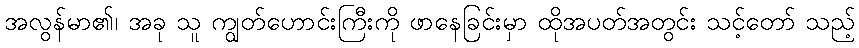
အလွန်မာ၏၊ အခု သူ ကျွတ်ဟောင်းကြီးကို ဖာနေခြင်းမှာ ထိုအပတ်အတွင်း သင့်တော် သည့်